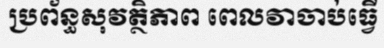
ប្រព័ន្ធសុវត្ថិភាព ពេលវាចាប់ធ្វើ